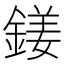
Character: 𨩍